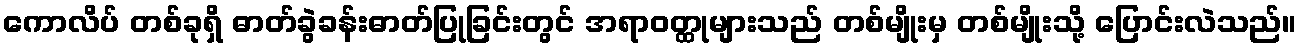
ကောလိပ် တစ်ခုရှိ ဓာတ်ခွဲခန်းဓာတ်ပြုခြင်းတွင် အရာဝတ္ထုများသည် တစ်မျိုးမှ တစ်မျိုးသို့ ပြောင်းလဲသည်။